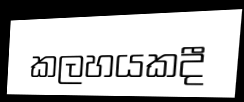
කලහයකදී